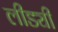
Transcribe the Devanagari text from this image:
लीड्यी